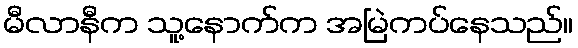
မီလာနီက သူ့နောက်က အမြဲကပ်နေသည်။